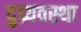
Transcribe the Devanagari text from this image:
दुव्र्यवस्था